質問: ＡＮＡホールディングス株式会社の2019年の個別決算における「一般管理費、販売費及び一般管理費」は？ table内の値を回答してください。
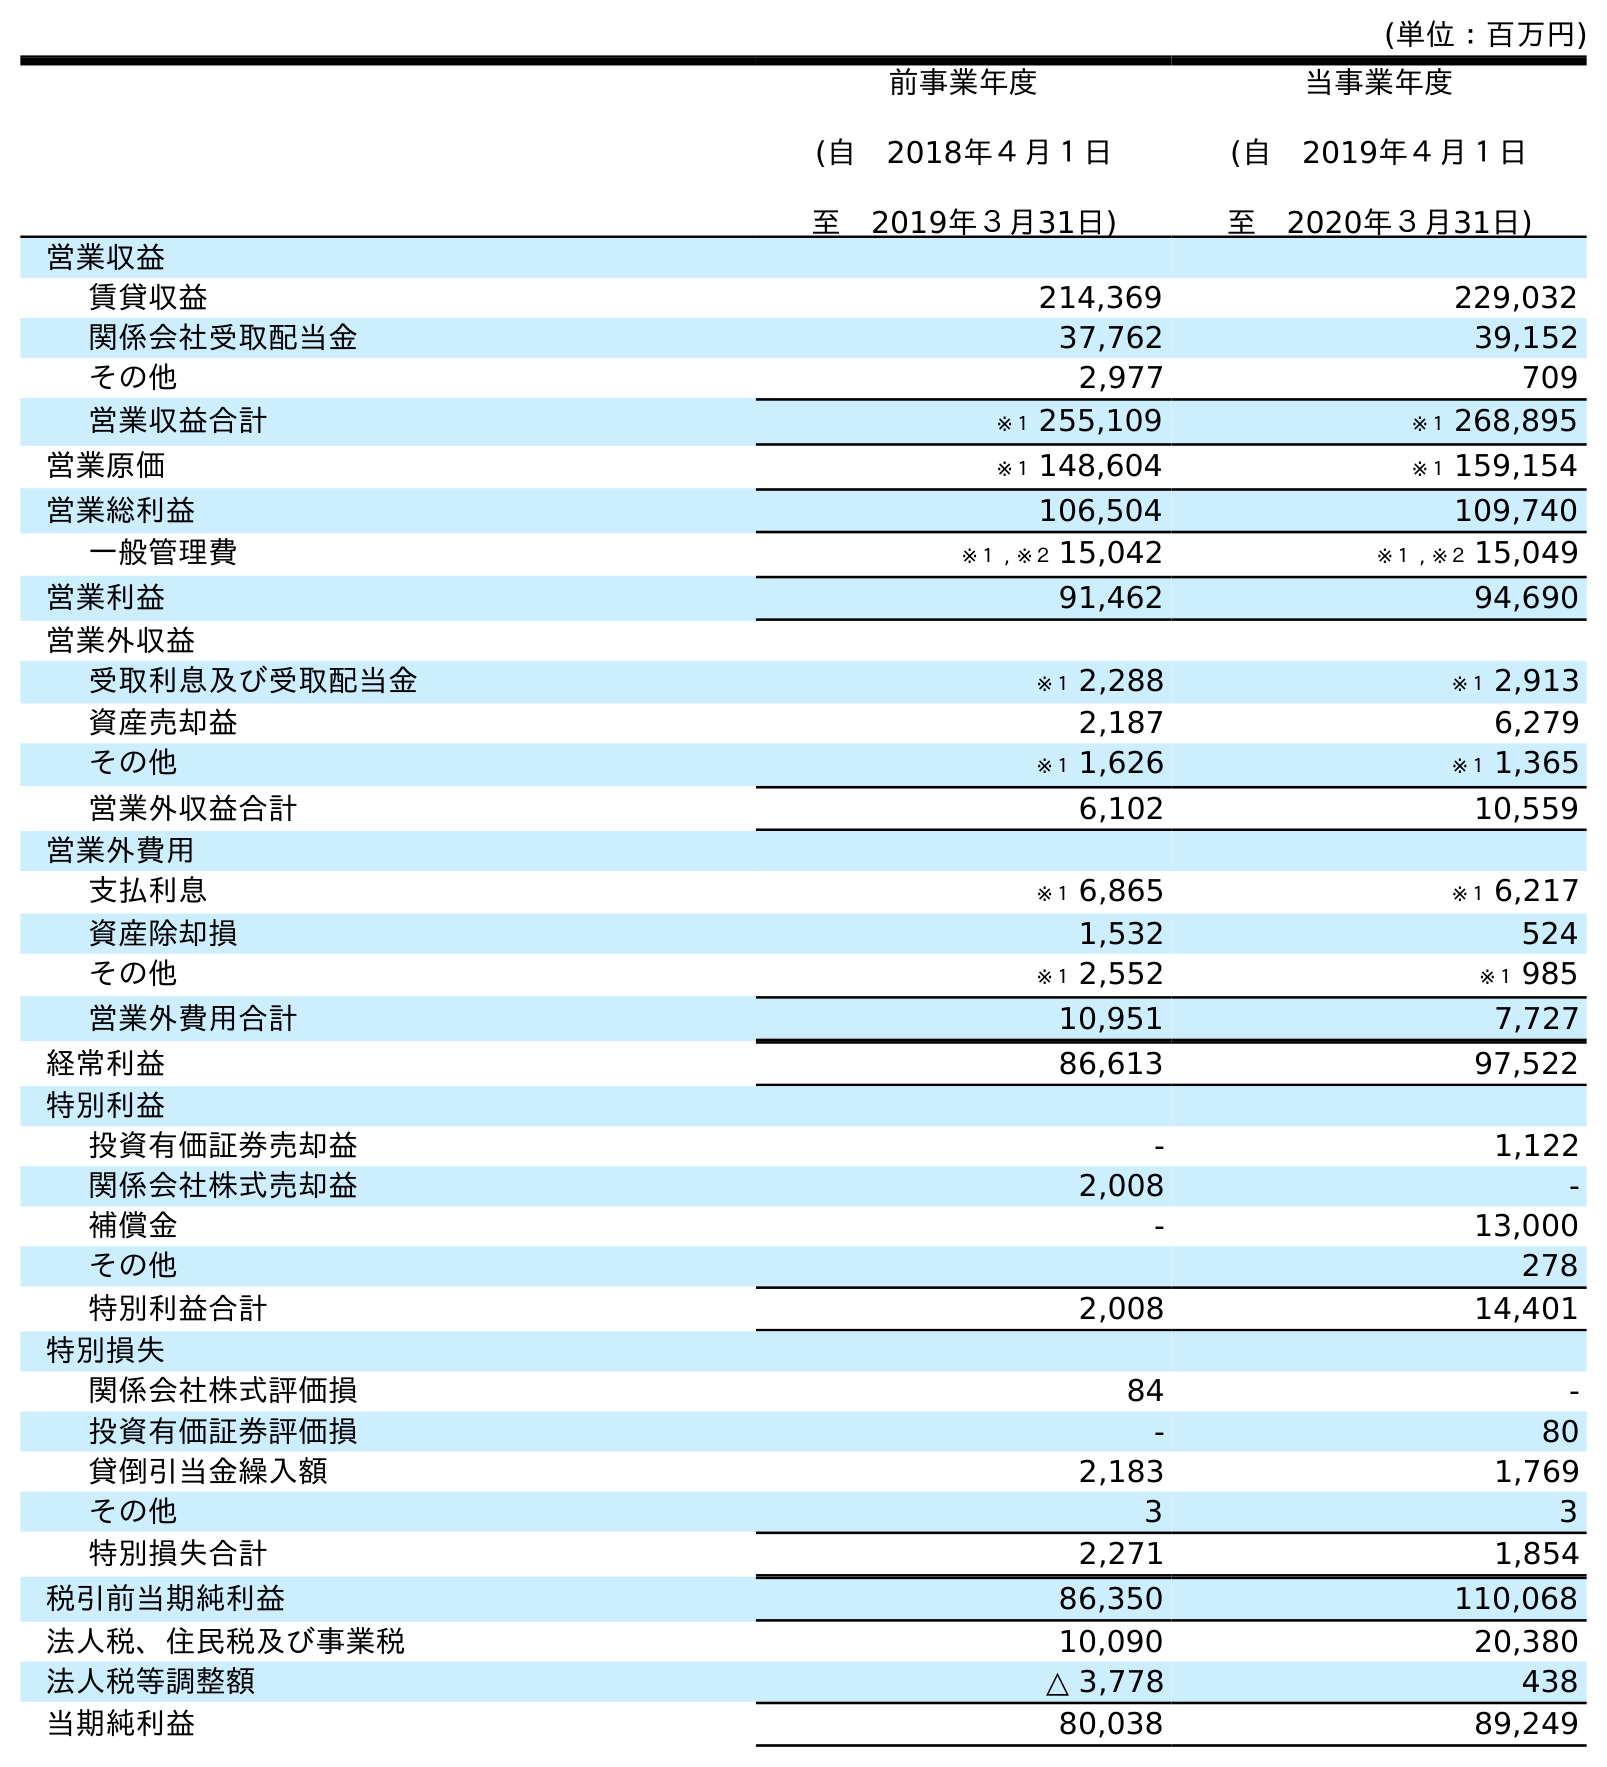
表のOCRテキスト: (単位：百万円) 前事業年度 (自 2018年４月１日 至 2019年３月31日) 当事業年度 (自 2019年４月１日 至 2020年３月31日) 営業収益 賃貸収益 214,369 229,032 関係会社受取配当金 37,762 39,152 その他 2,977 709 営業収益合計 ※１ 255,109 ※１ 268,895 営業原価 ※１ 148,604 ※１ 159,154 営業総利益 106,504 109,740 一般管理費 ※１ , ※２ 15,042 ※１ , ※２ 15,049 営業利益 91,462 94,690 営業外収益 受取利息及び受取配当金 ※１ 2,288 ※１ 2,913 資産売却益 2,187 6,279 その他 ※１ 1,626 ※１ 1,365 営業外収益合計 6,102 10,559 営業外費用 支払利息 ※１ 6,865 ※１ 6,217 資産除却損 1,532 524 その他 ※１ 2,552 ※１ 985 営業外費用合計 10,951 7,727 経常利益 86,613 97,522 特別利益 投資有価証券売却益 - 1,122 関係会社株式売却益 2,008 - 補償金 - 13,000 その他 278 特別利益合計 2,008 14,401 特別損失 関係会社株式評価損 84 - 投資有価証券評価損 - 80 貸倒引当金繰入額 2,183 1,769 その他 3 3 特別損失合計 2,271 1,854 税引前当期純利益 86,350 110,068 法人税、住民税及び事業税 10,090 20,380 法人税等調整額 △ 3,778 438 当期純利益 80,038 89,249
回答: ※１,※２15,042